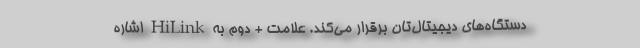
دستگاه‌های دیجیتال‌تان برقرار می‌کند. علامت + دوم به HiLink اشاره